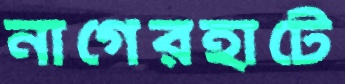
নাগেরহাটে